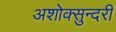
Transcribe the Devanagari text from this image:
अशोक्सुन्दरी